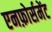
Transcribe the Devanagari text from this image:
एनफ़ोर्समेंट